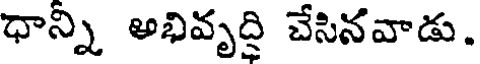
ధాన్ని అభివృద్ధి చేసినవాడు.